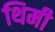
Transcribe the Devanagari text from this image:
थिमी